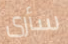
سأرى